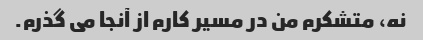
نه، متشکرم من در مسیر کارم از آنجا می گذرم.